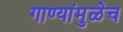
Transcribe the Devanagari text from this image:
गाण्यांमुळेच